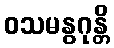
ဝသမနွဂုန္တိ